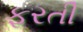
ફરતી